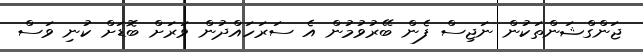
ޖަންގްޝަންތަކުން ނަޖިސް ފެން ބޭރުވުމުން އެ ސަރަހައްދުން ވަރަށް ބޮޑަށް ކުނި ވަސް